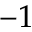
- 1